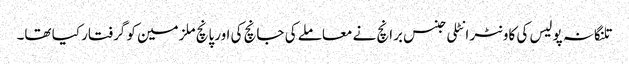
تلنگانہ پولیس کی کاونٹر انٹلی جنس برانچ نے معاملے کی جانچ کی اورپانچ ملزمین کو گرفتار کیا تھا۔